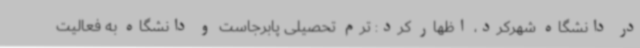
در دانشگاه شهرکرد، اظهار کرد: ترم تحصیلی پابرجاست و دانشگاه به فعالیت